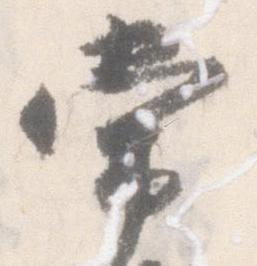
常